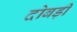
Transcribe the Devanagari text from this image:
दोबड़ी